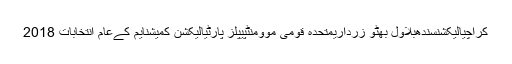
کراچیالیکشنسندھبلاول بھٹو زرداریمتحدہ قومی موومنٹپیپلز پارٹیالیکشن کمیشنایم کےعام انتخابات 2018